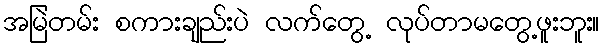
အမြဲတမ်း စကားချည်းပဲ လက်တွေ့ လုပ်တာမတွေ့ဖူးဘူး။